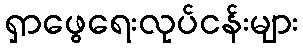
ရှာဖွေရေးလုပ်ငန်းများ